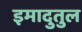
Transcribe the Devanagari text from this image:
इमादुतुल